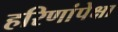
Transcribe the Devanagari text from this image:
हरिणांपेक्षा